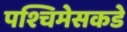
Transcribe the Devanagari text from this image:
पश्चिमेसकडे